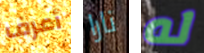
أعرف نارا له